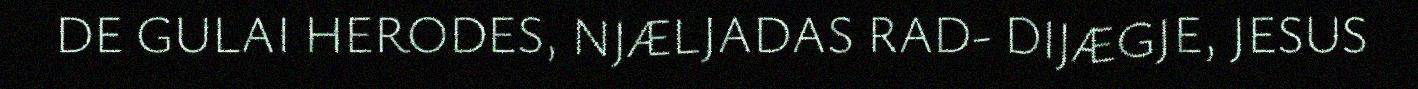
DE GULAI HERODES, NJÆLJADAS RAD- DIJÆGJE, JESUS